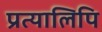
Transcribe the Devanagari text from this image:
प्रत्यालिपि